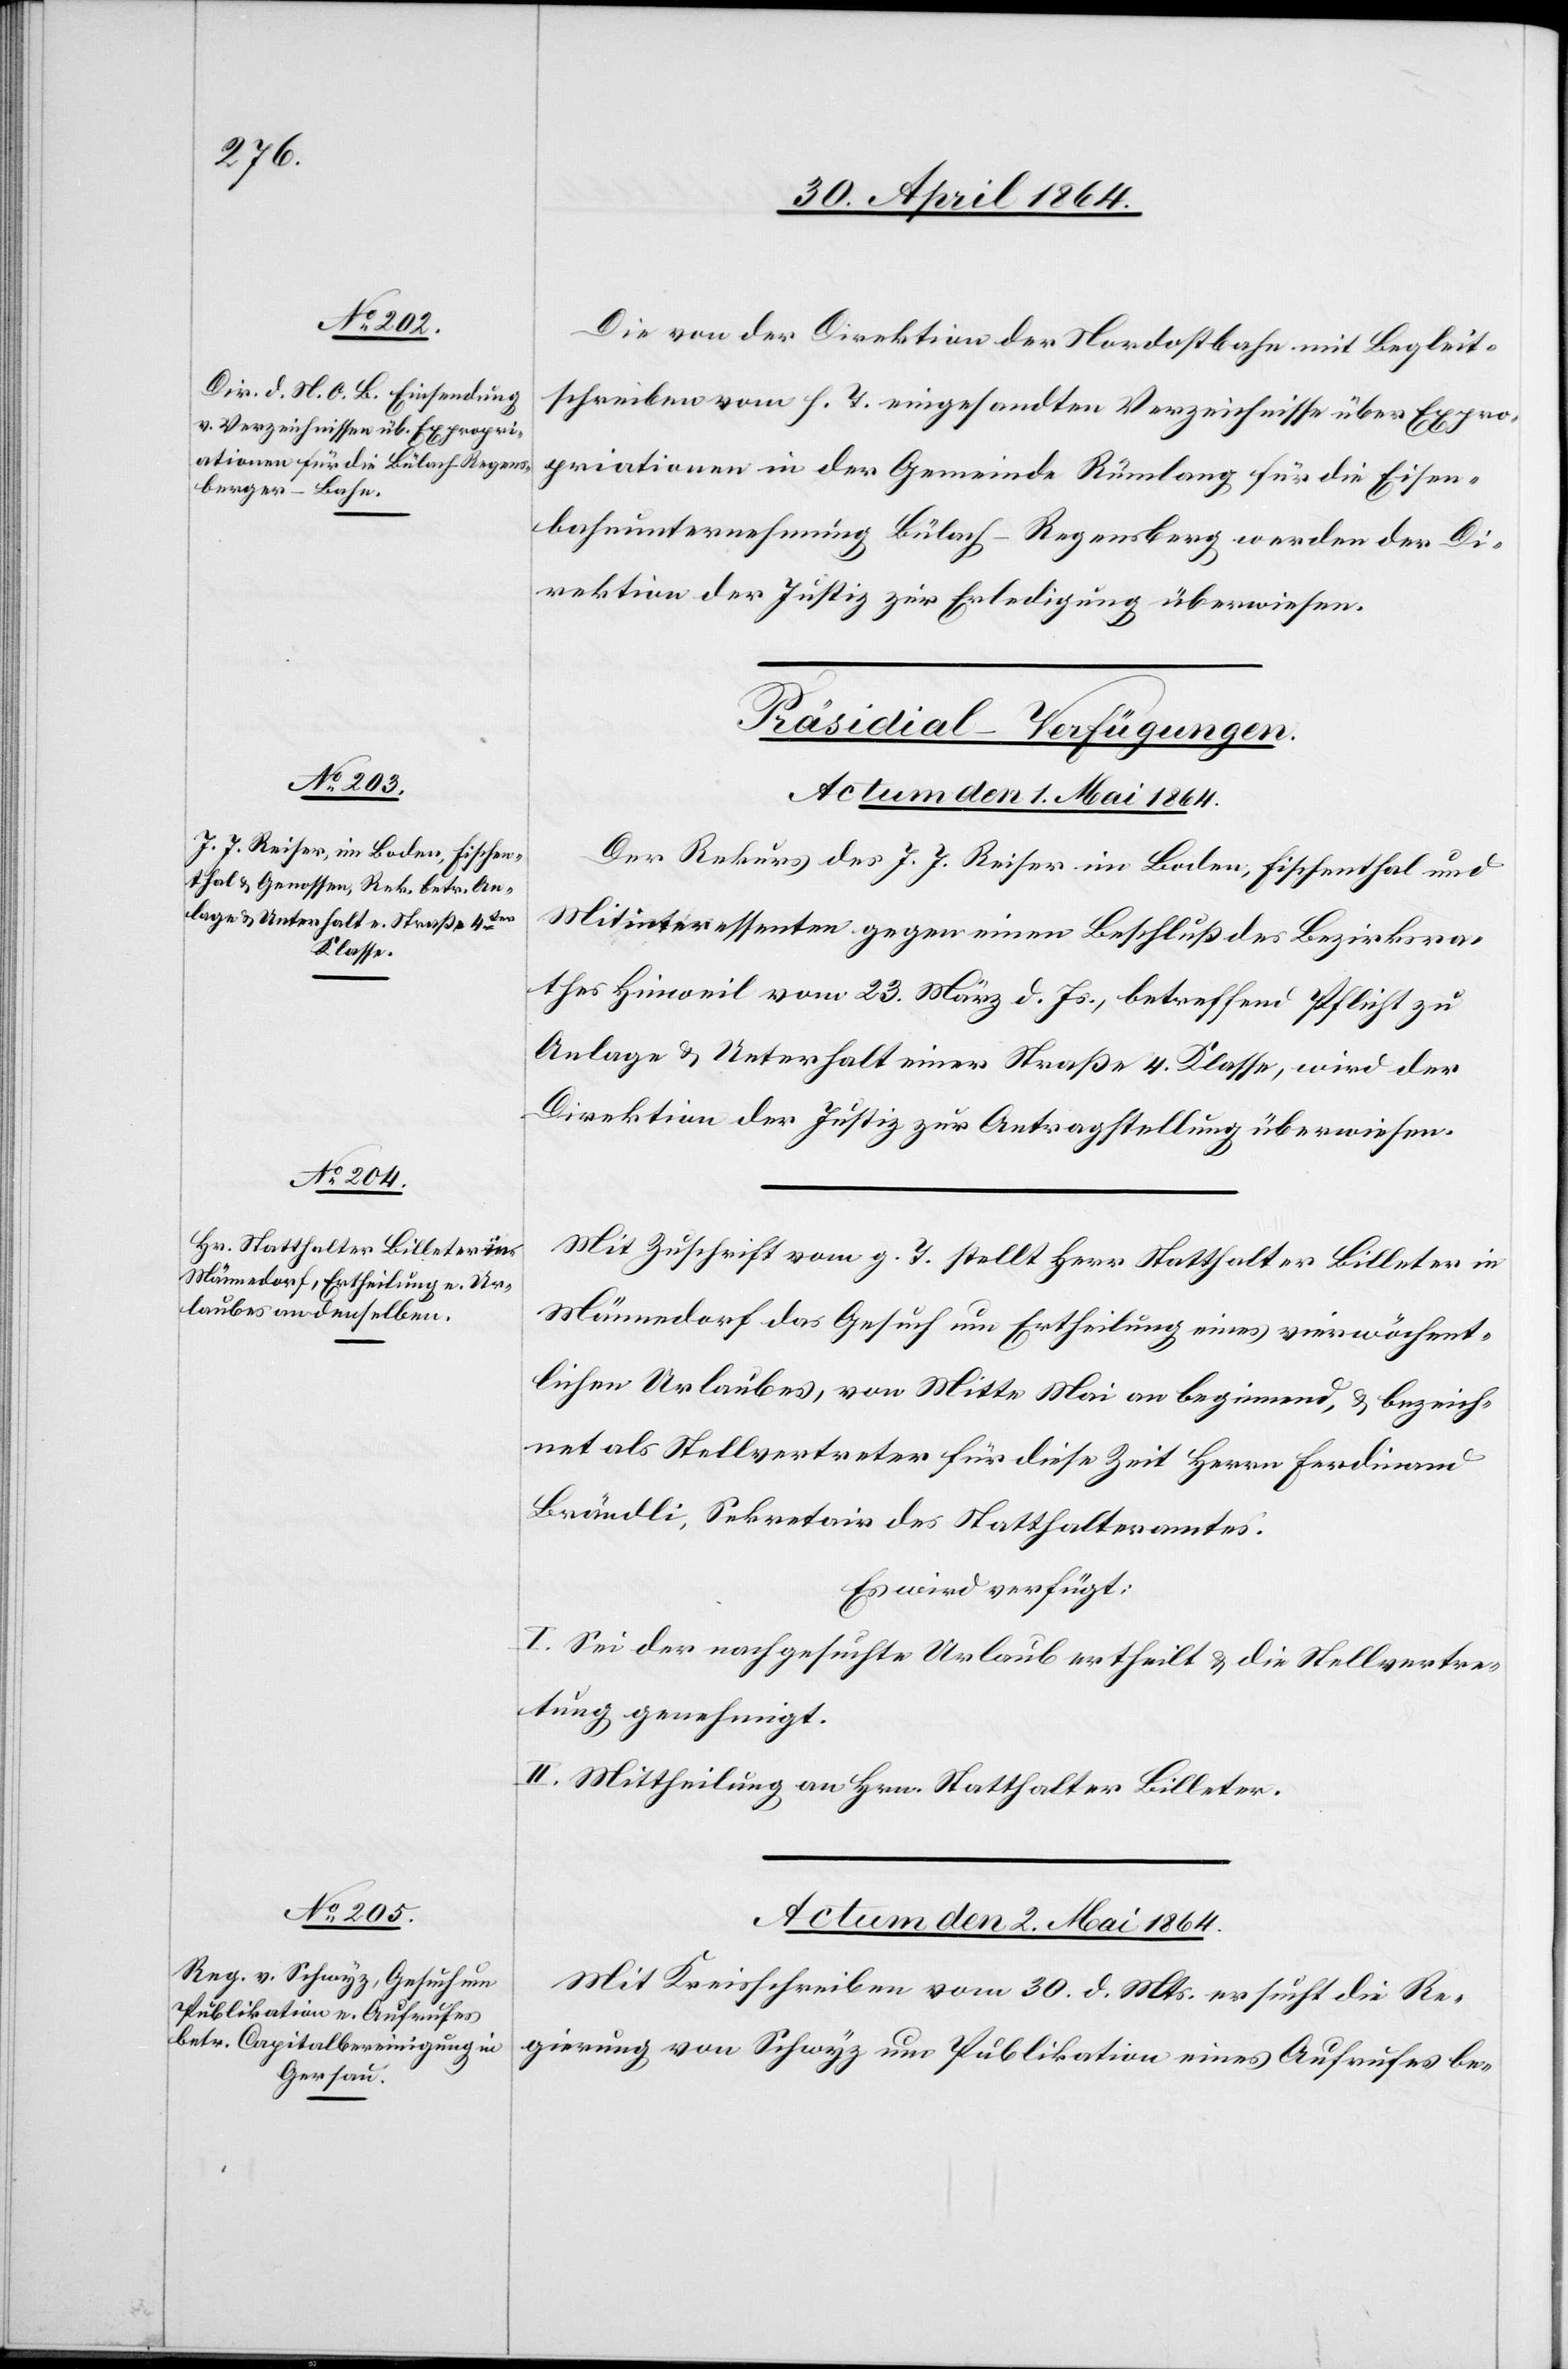
Die von der Direktion der Nordostbahn mit Begleit¬
schreiben vom h. T. eingesandten Verzeichnisse über Expro¬
priationen in der Gemeinde Rümlang für die Eisen¬
bahnunternehmung Bülach–Regensberg werden der Di¬
rektion der Justiz zur Erledigung überwiesen.
[Präsidial-Verfügungen.]
Der Rekurs des J. J. Reiser im Boden, Fischenthal und
Mitinteressenten gegen einen Beschluß des Bezirksra¬
thes Hinweil vom 23. März d. Js., betreffend Pflicht zu
Anlage u. Unterhalt einer Straße 4. Klasse, wird der
Direktion der Justiz zur Antragstellung überwiesen.
Mit Zuschrift vom g. T. stellt Herr Statthalter Billeter in
Männedorf das Gesuch um Ertheilung eines vierwöchent¬
lichen Urlaubes, von Mitte Mai an beginnend, u. bezeich¬
net als Stellvertreter für diese Zeit Herrn Ferdinand
Brändli, Sekretär des Statthalteramtes.
Es wird verfügt:
I. Sei der nachgesuchte Urlaub ertheilt u. die Stellvertre¬
tung genehmigt.
II. Mittheilung an Hrn. Statthalter Billeter.
Actum den 2. Mai 1864.
Mit Kreisschreiben vom 30. d. Mts. ersucht die Re¬
gierung von Schwyz um Publikation eines Aufrufes be-